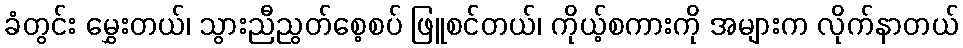
ခံတွင်း မွှေးတယ်၊ သွားညီညွတ်စေ့စပ် ဖြူစင်တယ်၊ ကိုယ့်စကားကို အများက လိုက်နာတယ်